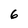
Character: 6